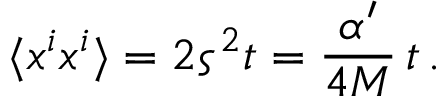
\langle x ^ { i } x ^ { i } \rangle = 2 \varsigma ^ { 2 } t = \frac { \alpha ^ { \prime } } { 4 M } \, t \, .